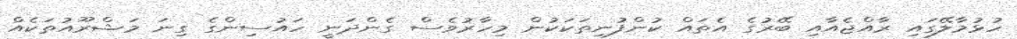
ހުޅުމާލޭގައި ރާއްޖެއާއި ބޭރުގެ އެތައް ކުންފުނިތަކަކުން މިހާރުވެސް ގެންދަނީ ހައުސިންގެ ގިނަ މަޝްރޫއުތަކެއް